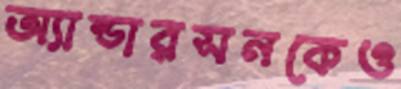
অ্যান্ডারসনকেও